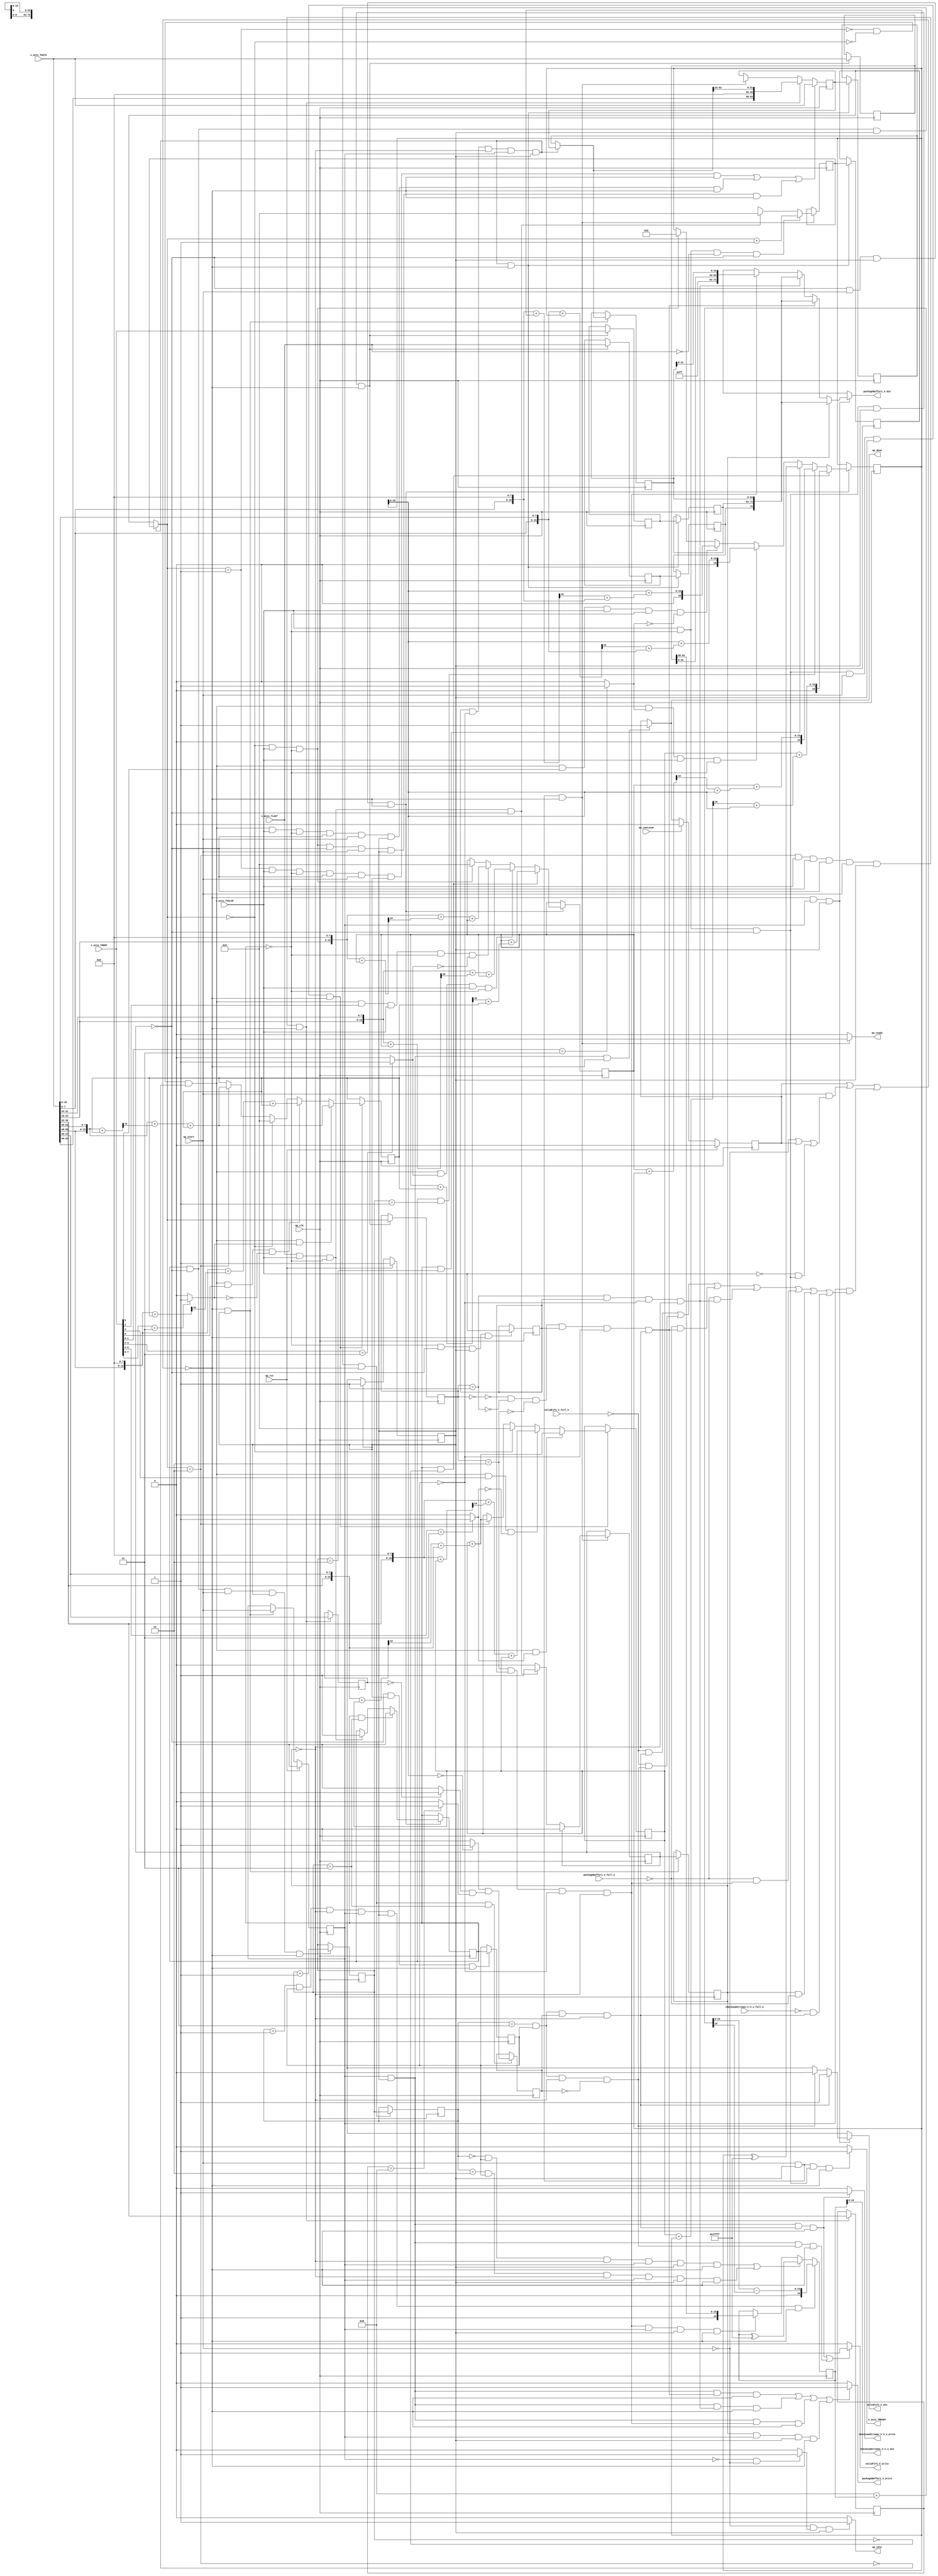
module check_icmp_checksum (
        ap_clk,
        ap_rst,
        ap_start,
        ap_done,
        ap_continue,
        ap_idle,
        ap_ready,
        s_axis_TVALID,
        packageBuffer1_V_din,
        packageBuffer1_V_full_n,
        packageBuffer1_V_write,
        validFifo_V_din,
        validFifo_V_full_n,
        validFifo_V_write,
        checksumStreams_V_V_s_din,
        checksumStreams_V_V_s_full_n,
        checksumStreams_V_V_s_write,
        s_axis_TDATA,
        s_axis_TREADY,
        s_axis_TKEEP,
        s_axis_TLAST
);

parameter    ap_ST_fsm_pp0_stage0 = 1'd1;

input   ap_clk;
input   ap_rst;
input   ap_start;
output   ap_done;
input   ap_continue;
output   ap_idle;
output   ap_ready;
input   s_axis_TVALID;
output  [72:0] packageBuffer1_V_din;
input   packageBuffer1_V_full_n;
output   packageBuffer1_V_write;
output  [0:0] validFifo_V_din;
input   validFifo_V_full_n;
output   validFifo_V_write;
output  [15:0] checksumStreams_V_V_s_din;
input   checksumStreams_V_V_s_full_n;
output   checksumStreams_V_V_s_write;
input  [63:0] s_axis_TDATA;
output   s_axis_TREADY;
input  [7:0] s_axis_TKEEP;
input  [0:0] s_axis_TLAST;

reg ap_done;
reg ap_idle;
reg ap_ready;
reg[72:0] packageBuffer1_V_din;
reg packageBuffer1_V_write;
reg[0:0] validFifo_V_din;
reg validFifo_V_write;
reg checksumStreams_V_V_s_write;
reg s_axis_TREADY;

reg    ap_done_reg;
(* fsm_encoding = "none" *) reg   [0:0] ap_CS_fsm;
wire    ap_CS_fsm_pp0_stage0;
wire    ap_enable_reg_pp0_iter0;
reg    ap_enable_reg_pp0_iter1;
reg    ap_idle_pp0;
wire   [0:0] cics_writeLastOne_lo_load_fu_287_p1;
wire   [0:0] cics_computeCs_load_load_fu_295_p1;
wire   [0:0] tmp_nbreadreq_fu_162_p5;
reg    ap_predicate_op19_read_state1;
reg    ap_block_state1_pp0_stage0_iter0;
reg   [0:0] cics_writeLastOne_lo_reg_1396;
reg   [0:0] cics_computeCs_load_reg_1408;
reg   [0:0] tmp_reg_1412;
reg   [15:0] t_V_1_reg_1439;
reg    ap_predicate_op214_write_state2;
reg    ap_predicate_op216_write_state2;
reg    ap_predicate_op226_write_state2;
reg   [1:0] t_V_reg_1481;
reg   [0:0] and_ln91_1_reg_1485;
reg    ap_predicate_op235_write_state2;
reg    ap_predicate_op237_write_state2;
reg    ap_predicate_op239_write_state2;
reg    ap_block_state2_pp0_stage0_iter1;
reg    ap_block_pp0_stage0_11001;
reg   [0:0] cics_writeLastOne;
reg   [63:0] cics_prevWord_data_V;
reg   [7:0] cics_prevWord_keep_V;
reg   [0:0] cics_prevWord_last_V;
reg   [0:0] cics_computeCs;
reg   [15:0] cics_sums_V_2;
reg   [16:0] cics_sums_V_0;
reg   [15:0] cics_sums_V_3;
reg   [15:0] cics_sums_V_1;
reg   [16:0] icmpChecksum_V;
reg   [7:0] icmpType_V;
reg   [7:0] icmpCode_V;
reg   [1:0] cics_state_V;
reg   [15:0] cics_wordCount_V;
reg    s_axis_TDATA_blk_n;
wire    ap_block_pp0_stage0;
reg    packageBuffer1_V_blk_n;
reg    validFifo_V_blk_n;
reg    checksumStreams_V_V_s_blk_n;
reg   [63:0] tmp_data_V_reg_1400;
reg   [63:0] tmp_data_V_26_reg_1416;
reg   [7:0] tmp_keep_V_20_reg_1425;
wire   [0:0] tmp_last_V_17_fu_348_p1;
reg   [0:0] tmp_last_V_17_reg_1430;
wire   [0:0] trunc_ln321_fu_352_p1;
wire   [15:0] t_V_1_load_fu_356_p1;
wire   [63:0] p_Result_10_fu_486_p5;
wire   [0:0] icmp_ln879_3_fu_526_p2;
wire   [0:0] icmp_ln879_4_fu_672_p2;
wire   [0:0] tmp_33_fu_678_p3;
wire   [0:0] icmp_ln879_5_fu_802_p2;
wire   [0:0] tmp_36_fu_808_p3;
wire   [0:0] icmp_ln879_6_fu_922_p2;
wire   [0:0] tmp_39_fu_928_p3;
wire   [15:0] add_ln700_14_fu_1032_p2;
wire   [1:0] t_V_load_fu_1050_p1;
wire   [0:0] and_ln91_1_fu_1082_p2;
reg    ap_block_pp0_stage0_subdone;
wire   [63:0] ap_phi_reg_pp0_iter0_empty_52_reg_207;
reg   [63:0] ap_phi_reg_pp0_iter1_empty_52_reg_207;
wire   [15:0] ap_phi_reg_pp0_iter0_cics_wordCount_V_new_reg_220;
reg   [15:0] ap_phi_reg_pp0_iter1_cics_wordCount_V_new_reg_220;
reg   [63:0] ap_sig_allocacmp_tmp_data_V;
wire   [15:0] add_ln214_9_fu_408_p2;
wire   [15:0] add_ln214_23_fu_852_p2;
wire   [15:0] add_ln214_21_fu_900_p2;
wire   [16:0] zext_ln214_6_fu_582_p1;
wire   [16:0] zext_ln214_5_fu_652_p1;
wire   [16:0] r_V_3_fu_1094_p2;
wire   [16:0] zext_ln214_3_fu_1140_p1;
wire   [16:0] zext_ln214_fu_1184_p1;
wire   [15:0] add_ln214_11_fu_456_p2;
wire   [15:0] add_ln214_27_fu_972_p2;
wire   [15:0] add_ln214_25_fu_1020_p2;
wire   [15:0] add_ln214_19_fu_722_p2;
wire   [15:0] add_ln214_17_fu_780_p2;
wire   [15:0] add_ln214_5_fu_1218_p2;
wire   [16:0] p_Result_s_fu_1276_p3;
wire   [16:0] grp_fu_276_p2;
wire   [16:0] zext_ln214_4_fu_1376_p1;
wire   [7:0] grp_fu_231_p4;
wire   [7:0] grp_fu_240_p4;
wire   [1:0] add_ln700_6_fu_1230_p2;
reg   [15:0] ap_sig_allocacmp_t_V_1;
wire   [72:0] tmp_2_fu_1290_p4;
reg    ap_block_pp0_stage0_01001;
wire   [72:0] tmp_1_fu_1301_p4;
wire   [72:0] tmp_3_fu_1311_p4;
wire   [72:0] tmp12_fu_1386_p4;
wire   [15:0] p_Result_123_i_fu_372_p3;
wire   [16:0] zext_ln700_fu_303_p1;
wire   [16:0] zext_ln700_3_fu_380_p1;
wire   [16:0] add_ln700_3_fu_384_p2;
wire   [0:0] tmp_28_fu_390_p3;
wire   [15:0] zext_ln214_10_fu_398_p1;
wire   [15:0] add_ln214_8_fu_402_p2;
wire   [7:0] grp_fu_258_p4;
wire   [7:0] grp_fu_249_p4;
wire   [15:0] p_Result_123_1_i_fu_420_p3;
wire   [16:0] zext_ln700_1_fu_315_p1;
wire   [16:0] zext_ln700_4_fu_428_p1;
wire   [16:0] add_ln700_4_fu_432_p2;
wire   [0:0] tmp_29_fu_438_p3;
wire   [15:0] zext_ln214_11_fu_446_p1;
wire   [15:0] add_ln214_10_fu_450_p2;
wire   [31:0] p_Result_29_i_fu_468_p4;
wire   [39:0] tmp_23_i_fu_478_p3;
wire   [1:0] trunc_ln647_5_fu_522_p1;
wire   [7:0] trunc_ln647_9_fu_532_p1;
wire   [15:0] p_Result_134_i_fu_536_p3;
wire   [16:0] zext_ln700_6_fu_544_p1;
wire   [16:0] add_ln700_7_fu_552_p2;
wire   [0:0] tmp_31_fu_558_p3;
wire   [15:0] zext_ln214_13_fu_566_p1;
wire   [15:0] trunc_ln700_3_fu_548_p1;
wire   [15:0] add_ln214_14_fu_570_p2;
wire   [15:0] add_ln214_15_fu_576_p2;
wire   [7:0] trunc_ln647_8_fu_602_p1;
wire   [7:0] p_Result_128_i_fu_592_p4;
wire   [15:0] p_Result_131_i_fu_606_p3;
wire   [16:0] zext_ln700_5_fu_614_p1;
wire   [16:0] add_ln700_5_fu_622_p2;
wire   [0:0] tmp_30_fu_628_p3;
wire   [15:0] zext_ln214_12_fu_636_p1;
wire   [15:0] trunc_ln700_2_fu_618_p1;
wire   [15:0] add_ln214_12_fu_640_p2;
wire   [15:0] add_ln214_13_fu_646_p2;
wire   [1:0] p_Result_127_1_i_fu_662_p4;
wire   [7:0] grp_fu_267_p4;
wire   [15:0] p_Result_134_1_i_fu_686_p3;
wire   [16:0] zext_ln700_8_fu_694_p1;
wire   [16:0] zext_ln700_2_fu_323_p1;
wire   [16:0] add_ln700_9_fu_698_p2;
wire   [0:0] tmp_34_fu_704_p3;
wire   [15:0] zext_ln214_15_fu_712_p1;
wire   [15:0] add_ln214_18_fu_716_p2;
wire   [7:0] p_Result_128_1_i_fu_734_p4;
wire   [15:0] p_Result_131_1_i_fu_744_p3;
wire   [16:0] zext_ln700_7_fu_752_p1;
wire   [16:0] add_ln700_8_fu_756_p2;
wire   [0:0] tmp_32_fu_762_p3;
wire   [15:0] zext_ln214_14_fu_770_p1;
wire   [15:0] add_ln214_16_fu_774_p2;
wire   [1:0] p_Result_127_2_i_fu_792_p4;
wire   [15:0] p_Result_134_2_i_fu_816_p3;
wire   [16:0] zext_ln700_10_fu_824_p1;
wire   [16:0] add_ln700_11_fu_828_p2;
wire   [0:0] tmp_37_fu_834_p3;
wire   [15:0] zext_ln214_17_fu_842_p1;
wire   [15:0] add_ln214_22_fu_846_p2;
wire   [15:0] p_Result_131_2_i_fu_864_p3;
wire   [16:0] zext_ln700_9_fu_872_p1;
wire   [16:0] add_ln700_10_fu_876_p2;
wire   [0:0] tmp_35_fu_882_p3;
wire   [15:0] zext_ln214_16_fu_890_p1;
wire   [15:0] add_ln214_20_fu_894_p2;
wire   [1:0] p_Result_127_3_i_fu_912_p4;
wire   [15:0] p_Result_134_3_i_fu_936_p3;
wire   [16:0] zext_ln700_12_fu_944_p1;
wire   [16:0] add_ln700_13_fu_948_p2;
wire   [0:0] tmp_40_fu_954_p3;
wire   [15:0] zext_ln214_19_fu_962_p1;
wire   [15:0] add_ln214_26_fu_966_p2;
wire   [15:0] p_Result_131_3_i_fu_984_p3;
wire   [16:0] zext_ln700_11_fu_992_p1;
wire   [16:0] add_ln700_12_fu_996_p2;
wire   [0:0] tmp_38_fu_1002_p3;
wire   [15:0] zext_ln214_18_fu_1010_p1;
wire   [15:0] add_ln214_24_fu_1014_p2;
wire   [15:0] trunc_ln647_fu_1054_p1;
wire   [0:0] icmp_ln879_1_fu_1064_p2;
wire   [0:0] icmp_ln879_2_fu_1070_p2;
wire   [0:0] and_ln91_fu_1076_p2;
wire   [0:0] icmp_ln879_fu_1058_p2;
wire   [16:0] add_ln700_2_fu_1110_p2;
wire   [0:0] tmp_26_fu_1116_p3;
wire   [15:0] zext_ln214_9_fu_1124_p1;
wire   [15:0] trunc_ln700_1_fu_1106_p1;
wire   [15:0] add_ln214_6_fu_1128_p2;
wire   [15:0] add_ln214_7_fu_1134_p2;
wire   [16:0] add_ln700_fu_1154_p2;
wire   [0:0] tmp_24_fu_1160_p3;
wire   [15:0] zext_ln214_7_fu_1168_p1;
wire   [15:0] trunc_ln700_fu_1150_p1;
wire   [15:0] add_ln214_fu_1172_p2;
wire   [15:0] add_ln214_3_fu_1178_p2;
wire   [16:0] add_ln700_1_fu_1194_p2;
wire   [0:0] tmp_25_fu_1200_p3;
wire   [15:0] zext_ln214_8_fu_1208_p1;
wire   [15:0] add_ln214_4_fu_1212_p2;
wire   [15:0] p_Result_27_i_fu_1267_p4;
wire   [31:0] trunc_ln647_7_fu_1264_p1;
wire   [31:0] trunc_ln647_6_fu_1261_p1;
wire   [16:0] add_ln701_fu_1348_p2;
wire   [0:0] tmp_27_fu_1354_p3;
wire   [15:0] trunc_ln214_fu_1362_p1;
wire   [15:0] zext_ln214_20_fu_1366_p1;
wire   [15:0] sub_ln214_fu_1370_p2;
reg   [0:0] ap_NS_fsm;
reg    ap_idle_pp0_0to0;
reg    ap_reset_idle_pp0;
wire    ap_enable_pp0;
reg    ap_condition_270;
reg    ap_condition_273;
reg    ap_condition_137;
reg    ap_condition_1015;
reg    ap_condition_1013;
reg    ap_condition_1021;
reg    ap_condition_1028;
reg    ap_condition_1031;
reg    ap_condition_1038;
reg    ap_condition_1041;
reg    ap_condition_1050;
reg    ap_condition_1053;
reg    ap_condition_1046;
reg    ap_condition_1059;
reg    ap_condition_1062;
reg    ap_condition_386;

// power-on initialization
initial begin
#0 ap_done_reg = 1'b0;
#0 ap_CS_fsm = 1'd1;
#0 ap_enable_reg_pp0_iter1 = 1'b0;
#0 cics_writeLastOne = 1'd0;
#0 cics_prevWord_data_V = 64'd0;
#0 cics_prevWord_keep_V = 8'd0;
#0 cics_prevWord_last_V = 1'd0;
#0 cics_computeCs = 1'd0;
#0 cics_sums_V_2 = 16'd0;
#0 cics_sums_V_0 = 17'd0;
#0 cics_sums_V_3 = 16'd0;
#0 cics_sums_V_1 = 16'd0;
#0 icmpChecksum_V = 17'd0;
#0 icmpType_V = 8'd0;
#0 icmpCode_V = 8'd0;
#0 cics_state_V = 2'd0;
#0 cics_wordCount_V = 16'd0;
end

always @ (posedge ap_clk) begin
    if (ap_rst == 1'b1) begin
        ap_CS_fsm <= ap_ST_fsm_pp0_stage0;
    end else begin
        ap_CS_fsm <= ap_NS_fsm;
    end
end

always @ (posedge ap_clk) begin
    if (ap_rst == 1'b1) begin
        ap_done_reg <= 1'b0;
    end else begin
        if ((ap_continue == 1'b1)) begin
            ap_done_reg <= 1'b0;
        end else if (((ap_enable_reg_pp0_iter1 == 1'b1) & (1'b1 == ap_CS_fsm_pp0_stage0) & (1'b0 == ap_block_pp0_stage0_11001))) begin
            ap_done_reg <= 1'b1;
        end
    end
end

always @ (posedge ap_clk) begin
    if (ap_rst == 1'b1) begin
        ap_enable_reg_pp0_iter1 <= 1'b0;
    end else begin
        if (((1'b0 == ap_block_pp0_stage0_subdone) & (1'b1 == ap_CS_fsm_pp0_stage0))) begin
            ap_enable_reg_pp0_iter1 <= ap_start;
        end
    end
end

always @ (posedge ap_clk) begin
    if ((1'b1 == ap_condition_137)) begin
        if ((1'b1 == ap_condition_273)) begin
            ap_phi_reg_pp0_iter1_cics_wordCount_V_new_reg_220 <= add_ln700_14_fu_1032_p2;
        end else if ((1'b1 == ap_condition_270)) begin
            ap_phi_reg_pp0_iter1_cics_wordCount_V_new_reg_220 <= 16'd0;
        end else if ((1'b1 == 1'b1)) begin
            ap_phi_reg_pp0_iter1_cics_wordCount_V_new_reg_220 <= ap_phi_reg_pp0_iter0_cics_wordCount_V_new_reg_220;
        end
    end
end

always @ (posedge ap_clk) begin
    if ((((t_V_1_load_fu_356_p1 == 16'd1) & (tmp_nbreadreq_fu_162_p5 == 1'd1) & (cics_computeCs == 1'd0) & (cics_writeLastOne == 1'd0) & (ap_start == 1'b1) & (1'b1 == ap_CS_fsm_pp0_stage0) & (1'b0 == ap_block_pp0_stage0_11001)) | (~(t_V_1_load_fu_356_p1 == 16'd1) & ~(t_V_1_load_fu_356_p1 == 16'd0) & ~(t_V_1_load_fu_356_p1 == 16'd2) & (tmp_nbreadreq_fu_162_p5 == 1'd1) & (cics_computeCs == 1'd0) & (cics_writeLastOne == 1'd0) & (ap_start == 1'b1) & (1'b1 == ap_CS_fsm_pp0_stage0) & (1'b0 == ap_block_pp0_stage0_11001)) | ((t_V_1_load_fu_356_p1 == 16'd0) & (tmp_nbreadreq_fu_162_p5 == 1'd1) & (cics_computeCs == 1'd0) & (cics_writeLastOne == 1'd0) & (ap_start == 1'b1) & (1'b1 == ap_CS_fsm_pp0_stage0) & (1'b0 == ap_block_pp0_stage0_11001)))) begin
        ap_phi_reg_pp0_iter1_empty_52_reg_207 <= s_axis_TDATA;
    end else if (((t_V_1_load_fu_356_p1 == 16'd2) & (tmp_nbreadreq_fu_162_p5 == 1'd1) & (cics_computeCs == 1'd0) & (cics_writeLastOne == 1'd0) & (ap_start == 1'b1) & (1'b1 == ap_CS_fsm_pp0_stage0) & (1'b0 == ap_block_pp0_stage0_11001))) begin
        ap_phi_reg_pp0_iter1_empty_52_reg_207 <= p_Result_10_fu_486_p5;
    end else if (((ap_start == 1'b1) & (1'b1 == ap_CS_fsm_pp0_stage0) & (1'b0 == ap_block_pp0_stage0_11001))) begin
        ap_phi_reg_pp0_iter1_empty_52_reg_207 <= ap_phi_reg_pp0_iter0_empty_52_reg_207;
    end
end

always @ (posedge ap_clk) begin
    if ((1'b1 == ap_condition_1013)) begin
        if (((cics_computeCs_load_load_fu_295_p1 == 1'd1) & (t_V_load_fu_1050_p1 == 2'd3))) begin
            cics_computeCs <= 1'd0;
        end else if ((1'b1 == ap_condition_1015)) begin
            cics_computeCs <= 1'd1;
        end
    end
end

always @ (posedge ap_clk) begin
    if ((1'b1 == ap_condition_1013)) begin
        if (((cics_computeCs_load_load_fu_295_p1 == 1'd1) & (t_V_load_fu_1050_p1 == 2'd0))) begin
            cics_sums_V_0 <= zext_ln214_fu_1184_p1;
        end else if (((cics_computeCs_load_load_fu_295_p1 == 1'd1) & (t_V_load_fu_1050_p1 == 2'd1))) begin
            cics_sums_V_0 <= zext_ln214_3_fu_1140_p1;
        end else if (((cics_computeCs_load_load_fu_295_p1 == 1'd1) & (t_V_load_fu_1050_p1 == 2'd2))) begin
            cics_sums_V_0 <= r_V_3_fu_1094_p2;
        end else if ((1'b1 == ap_condition_1031)) begin
            cics_sums_V_0 <= zext_ln214_5_fu_652_p1;
        end else if ((1'b1 == ap_condition_1028)) begin
            cics_sums_V_0 <= zext_ln214_6_fu_582_p1;
        end else if ((1'b1 == ap_condition_1021)) begin
            cics_sums_V_0 <= 17'd0;
        end
    end
end

always @ (posedge ap_clk) begin
    if ((1'b1 == ap_condition_1013)) begin
        if (((cics_computeCs_load_load_fu_295_p1 == 1'd1) & (t_V_load_fu_1050_p1 == 2'd0))) begin
            cics_sums_V_1 <= add_ln214_5_fu_1218_p2;
        end else if ((1'b1 == ap_condition_1041)) begin
            cics_sums_V_1 <= add_ln214_17_fu_780_p2;
        end else if ((1'b1 == ap_condition_1038)) begin
            cics_sums_V_1 <= add_ln214_19_fu_722_p2;
        end else if ((1'b1 == ap_condition_1021)) begin
            cics_sums_V_1 <= 16'd0;
        end
    end
end

always @ (posedge ap_clk) begin
    if ((1'b1 == ap_condition_1046)) begin
        if ((1'b1 == ap_condition_1053)) begin
            cics_sums_V_2 <= add_ln214_21_fu_900_p2;
        end else if ((1'b1 == ap_condition_1050)) begin
            cics_sums_V_2 <= add_ln214_23_fu_852_p2;
        end else if ((t_V_1_load_fu_356_p1 == 16'd0)) begin
            cics_sums_V_2 <= 16'd0;
        end else if ((t_V_1_load_fu_356_p1 == 16'd2)) begin
            cics_sums_V_2 <= add_ln214_9_fu_408_p2;
        end
    end
end

always @ (posedge ap_clk) begin
    if ((1'b1 == ap_condition_1046)) begin
        if ((1'b1 == ap_condition_1062)) begin
            cics_sums_V_3 <= add_ln214_25_fu_1020_p2;
        end else if ((1'b1 == ap_condition_1059)) begin
            cics_sums_V_3 <= add_ln214_27_fu_972_p2;
        end else if ((t_V_1_load_fu_356_p1 == 16'd0)) begin
            cics_sums_V_3 <= 16'd0;
        end else if ((t_V_1_load_fu_356_p1 == 16'd2)) begin
            cics_sums_V_3 <= add_ln214_11_fu_456_p2;
        end
    end
end

always @ (posedge ap_clk) begin
    if ((1'b1 == ap_condition_137)) begin
        if ((cics_writeLastOne_lo_load_fu_287_p1 == 1'd1)) begin
            cics_writeLastOne <= 1'd0;
        end else if ((1'b1 == ap_condition_270)) begin
            cics_writeLastOne <= 1'd1;
        end
    end
end

always @ (posedge ap_clk) begin
    if (((t_V_reg_1481 == 2'd1) & (cics_computeCs_load_reg_1408 == 1'd1) & (cics_writeLastOne_lo_reg_1396 == 1'd0) & (ap_enable_reg_pp0_iter1 == 1'b1) & (1'b1 == ap_CS_fsm_pp0_stage0) & (1'b0 == ap_block_pp0_stage0_11001))) begin
        icmpChecksum_V <= zext_ln214_4_fu_1376_p1;
    end else if ((((t_V_reg_1481 == 2'd0) & (cics_computeCs_load_reg_1408 == 1'd1) & (cics_writeLastOne_lo_reg_1396 == 1'd0) & (ap_enable_reg_pp0_iter1 == 1'b1) & (1'b1 == ap_CS_fsm_pp0_stage0) & (1'b0 == ap_block_pp0_stage0_11001)) | ((t_V_reg_1481 == 2'd2) & (cics_computeCs_load_reg_1408 == 1'd1) & (cics_writeLastOne_lo_reg_1396 == 1'd0) & (ap_enable_reg_pp0_iter1 == 1'b1) & (1'b1 == ap_CS_fsm_pp0_stage0) & (1'b0 == ap_block_pp0_stage0_11001)))) begin
        icmpChecksum_V <= grp_fu_276_p2;
    end else if (((t_V_1_reg_1439 == 16'd2) & (tmp_reg_1412 == 1'd1) & (cics_computeCs_load_reg_1408 == 1'd0) & (cics_writeLastOne_lo_reg_1396 == 1'd0) & (ap_enable_reg_pp0_iter1 == 1'b1) & (1'b1 == ap_CS_fsm_pp0_stage0) & (1'b0 == ap_block_pp0_stage0_11001))) begin
        icmpChecksum_V <= p_Result_s_fu_1276_p3;
    end
end

always @ (posedge ap_clk) begin
    if (((cics_computeCs_load_load_fu_295_p1 == 1'd1) & (cics_writeLastOne == 1'd0) & (1'b1 == ap_CS_fsm_pp0_stage0) & (1'b0 == ap_block_pp0_stage0_11001) & (t_V_load_fu_1050_p1 == 2'd3))) begin
        and_ln91_1_reg_1485 <= and_ln91_1_fu_1082_p2;
    end
end

always @ (posedge ap_clk) begin
    if (((cics_writeLastOne == 1'd0) & (1'b1 == ap_CS_fsm_pp0_stage0) & (1'b0 == ap_block_pp0_stage0_11001))) begin
        cics_computeCs_load_reg_1408 <= cics_computeCs;
    end
end

always @ (posedge ap_clk) begin
    if (((tmp_reg_1412 == 1'd1) & (cics_computeCs_load_reg_1408 == 1'd0) & (cics_writeLastOne_lo_reg_1396 == 1'd0) & (ap_enable_reg_pp0_iter1 == 1'b1) & (1'b1 == ap_CS_fsm_pp0_stage0) & (1'b0 == ap_block_pp0_stage0_11001))) begin
        cics_prevWord_data_V <= ap_phi_reg_pp0_iter1_empty_52_reg_207;
        cics_prevWord_keep_V <= tmp_keep_V_20_reg_1425;
        cics_prevWord_last_V <= tmp_last_V_17_reg_1430;
        cics_wordCount_V <= ap_phi_reg_pp0_iter1_cics_wordCount_V_new_reg_220;
    end
end

always @ (posedge ap_clk) begin
    if (((cics_computeCs_load_load_fu_295_p1 == 1'd1) & (cics_writeLastOne == 1'd0) & (ap_start == 1'b1) & (1'b1 == ap_CS_fsm_pp0_stage0) & (1'b0 == ap_block_pp0_stage0_11001))) begin
        cics_state_V <= add_ln700_6_fu_1230_p2;
    end
end

always @ (posedge ap_clk) begin
    if (((1'b1 == ap_CS_fsm_pp0_stage0) & (1'b0 == ap_block_pp0_stage0_11001))) begin
        cics_writeLastOne_lo_reg_1396 <= cics_writeLastOne;
        tmp_data_V_reg_1400 <= ap_sig_allocacmp_tmp_data_V;
    end
end

always @ (posedge ap_clk) begin
    if (((t_V_1_load_fu_356_p1 == 16'd2) & (tmp_nbreadreq_fu_162_p5 == 1'd1) & (cics_computeCs == 1'd0) & (cics_writeLastOne == 1'd0) & (ap_start == 1'b1) & (1'b1 == ap_CS_fsm_pp0_stage0) & (1'b0 == ap_block_pp0_stage0_11001))) begin
        icmpCode_V <= {{s_axis_TDATA[47:40]}};
        icmpType_V <= {{s_axis_TDATA[39:32]}};
    end
end

always @ (posedge ap_clk) begin
    if (((tmp_nbreadreq_fu_162_p5 == 1'd1) & (cics_computeCs == 1'd0) & (cics_writeLastOne == 1'd0) & (1'b1 == ap_CS_fsm_pp0_stage0) & (1'b0 == ap_block_pp0_stage0_11001))) begin
        t_V_1_reg_1439 <= ap_sig_allocacmp_t_V_1;
        tmp_data_V_26_reg_1416 <= s_axis_TDATA;
        tmp_keep_V_20_reg_1425 <= s_axis_TKEEP;
        tmp_last_V_17_reg_1430 <= s_axis_TLAST;
    end
end

always @ (posedge ap_clk) begin
    if (((cics_computeCs_load_load_fu_295_p1 == 1'd1) & (cics_writeLastOne == 1'd0) & (1'b1 == ap_CS_fsm_pp0_stage0) & (1'b0 == ap_block_pp0_stage0_11001))) begin
        t_V_reg_1481 <= cics_state_V;
    end
end

always @ (posedge ap_clk) begin
    if (((cics_computeCs == 1'd0) & (cics_writeLastOne == 1'd0) & (1'b1 == ap_CS_fsm_pp0_stage0) & (1'b0 == ap_block_pp0_stage0_11001))) begin
        tmp_reg_1412 <= tmp_nbreadreq_fu_162_p5;
    end
end

always @ (*) begin
    if (((ap_enable_reg_pp0_iter1 == 1'b1) & (1'b1 == ap_CS_fsm_pp0_stage0) & (1'b0 == ap_block_pp0_stage0_11001))) begin
        ap_done = 1'b1;
    end else begin
        ap_done = ap_done_reg;
    end
end

always @ (*) begin
    if (((ap_start == 1'b0) & (ap_idle_pp0 == 1'b1) & (1'b1 == ap_CS_fsm_pp0_stage0))) begin
        ap_idle = 1'b1;
    end else begin
        ap_idle = 1'b0;
    end
end

always @ (*) begin
    if (((ap_enable_reg_pp0_iter1 == 1'b0) & (ap_enable_reg_pp0_iter0 == 1'b0))) begin
        ap_idle_pp0 = 1'b1;
    end else begin
        ap_idle_pp0 = 1'b0;
    end
end

always @ (*) begin
    if ((ap_enable_reg_pp0_iter0 == 1'b0)) begin
        ap_idle_pp0_0to0 = 1'b1;
    end else begin
        ap_idle_pp0_0to0 = 1'b0;
    end
end

always @ (*) begin
    if (((ap_start == 1'b1) & (1'b1 == ap_CS_fsm_pp0_stage0) & (1'b0 == ap_block_pp0_stage0_11001))) begin
        ap_ready = 1'b1;
    end else begin
        ap_ready = 1'b0;
    end
end

always @ (*) begin
    if (((ap_start == 1'b0) & (ap_idle_pp0_0to0 == 1'b1))) begin
        ap_reset_idle_pp0 = 1'b1;
    end else begin
        ap_reset_idle_pp0 = 1'b0;
    end
end

always @ (*) begin
    if (((tmp_reg_1412 == 1'd1) & (cics_computeCs_load_reg_1408 == 1'd0) & (cics_writeLastOne_lo_reg_1396 == 1'd0) & (ap_enable_reg_pp0_iter1 == 1'b1) & (1'b1 == ap_CS_fsm_pp0_stage0) & (1'b0 == ap_block_pp0_stage0))) begin
        ap_sig_allocacmp_t_V_1 = ap_phi_reg_pp0_iter1_cics_wordCount_V_new_reg_220;
    end else begin
        ap_sig_allocacmp_t_V_1 = cics_wordCount_V;
    end
end

always @ (*) begin
    if (((tmp_reg_1412 == 1'd1) & (cics_computeCs_load_reg_1408 == 1'd0) & (cics_writeLastOne_lo_reg_1396 == 1'd0) & (ap_enable_reg_pp0_iter1 == 1'b1) & (1'b1 == ap_CS_fsm_pp0_stage0) & (1'b0 == ap_block_pp0_stage0))) begin
        ap_sig_allocacmp_tmp_data_V = ap_phi_reg_pp0_iter1_empty_52_reg_207;
    end else begin
        ap_sig_allocacmp_tmp_data_V = cics_prevWord_data_V;
    end
end

always @ (*) begin
    if (((ap_enable_reg_pp0_iter1 == 1'b1) & (1'b1 == ap_CS_fsm_pp0_stage0) & (ap_predicate_op239_write_state2 == 1'b1) & (1'b0 == ap_block_pp0_stage0))) begin
        checksumStreams_V_V_s_blk_n = checksumStreams_V_V_s_full_n;
    end else begin
        checksumStreams_V_V_s_blk_n = 1'b1;
    end
end

always @ (*) begin
    if (((ap_enable_reg_pp0_iter1 == 1'b1) & (1'b1 == ap_CS_fsm_pp0_stage0) & (ap_predicate_op239_write_state2 == 1'b1) & (1'b0 == ap_block_pp0_stage0_11001))) begin
        checksumStreams_V_V_s_write = 1'b1;
    end else begin
        checksumStreams_V_V_s_write = 1'b0;
    end
end

always @ (*) begin
    if ((((ap_enable_reg_pp0_iter1 == 1'b1) & (1'b1 == ap_CS_fsm_pp0_stage0) & (ap_predicate_op226_write_state2 == 1'b1) & (1'b0 == ap_block_pp0_stage0)) | ((ap_enable_reg_pp0_iter1 == 1'b1) & (1'b1 == ap_CS_fsm_pp0_stage0) & (ap_predicate_op216_write_state2 == 1'b1) & (1'b0 == ap_block_pp0_stage0)) | ((ap_enable_reg_pp0_iter1 == 1'b1) & (1'b1 == ap_CS_fsm_pp0_stage0) & (ap_predicate_op214_write_state2 == 1'b1) & (1'b0 == ap_block_pp0_stage0)) | ((cics_writeLastOne_lo_reg_1396 == 1'd1) & (ap_enable_reg_pp0_iter1 == 1'b1) & (1'b1 == ap_CS_fsm_pp0_stage0) & (1'b0 == ap_block_pp0_stage0)))) begin
        packageBuffer1_V_blk_n = packageBuffer1_V_full_n;
    end else begin
        packageBuffer1_V_blk_n = 1'b1;
    end
end

always @ (*) begin
    if ((1'b1 == ap_condition_386)) begin
        if ((cics_writeLastOne_lo_reg_1396 == 1'd1)) begin
            packageBuffer1_V_din = tmp12_fu_1386_p4;
        end else if ((ap_predicate_op226_write_state2 == 1'b1)) begin
            packageBuffer1_V_din = tmp_3_fu_1311_p4;
        end else if ((ap_predicate_op216_write_state2 == 1'b1)) begin
            packageBuffer1_V_din = tmp_1_fu_1301_p4;
        end else if ((ap_predicate_op214_write_state2 == 1'b1)) begin
            packageBuffer1_V_din = tmp_2_fu_1290_p4;
        end else begin
            packageBuffer1_V_din = 'bx;
        end
    end else begin
        packageBuffer1_V_din = 'bx;
    end
end

always @ (*) begin
    if ((((ap_enable_reg_pp0_iter1 == 1'b1) & (1'b1 == ap_CS_fsm_pp0_stage0) & (ap_predicate_op226_write_state2 == 1'b1) & (1'b0 == ap_block_pp0_stage0_11001)) | ((ap_enable_reg_pp0_iter1 == 1'b1) & (1'b1 == ap_CS_fsm_pp0_stage0) & (ap_predicate_op216_write_state2 == 1'b1) & (1'b0 == ap_block_pp0_stage0_11001)) | ((ap_enable_reg_pp0_iter1 == 1'b1) & (1'b1 == ap_CS_fsm_pp0_stage0) & (ap_predicate_op214_write_state2 == 1'b1) & (1'b0 == ap_block_pp0_stage0_11001)) | ((cics_writeLastOne_lo_reg_1396 == 1'd1) & (ap_enable_reg_pp0_iter1 == 1'b1) & (1'b1 == ap_CS_fsm_pp0_stage0) & (1'b0 == ap_block_pp0_stage0_11001)))) begin
        packageBuffer1_V_write = 1'b1;
    end else begin
        packageBuffer1_V_write = 1'b0;
    end
end

always @ (*) begin
    if ((~((ap_start == 1'b0) | (ap_done_reg == 1'b1)) & (ap_start == 1'b1) & (1'b1 == ap_CS_fsm_pp0_stage0) & (ap_predicate_op19_read_state1 == 1'b1) & (1'b0 == ap_block_pp0_stage0))) begin
        s_axis_TDATA_blk_n = s_axis_TVALID;
    end else begin
        s_axis_TDATA_blk_n = 1'b1;
    end
end

always @ (*) begin
    if (((ap_start == 1'b1) & (1'b1 == ap_CS_fsm_pp0_stage0) & (ap_predicate_op19_read_state1 == 1'b1) & (1'b0 == ap_block_pp0_stage0_11001))) begin
        s_axis_TREADY = 1'b1;
    end else begin
        s_axis_TREADY = 1'b0;
    end
end

always @ (*) begin
    if ((((ap_enable_reg_pp0_iter1 == 1'b1) & (1'b1 == ap_CS_fsm_pp0_stage0) & (ap_predicate_op237_write_state2 == 1'b1) & (1'b0 == ap_block_pp0_stage0)) | ((ap_enable_reg_pp0_iter1 == 1'b1) & (1'b1 == ap_CS_fsm_pp0_stage0) & (ap_predicate_op235_write_state2 == 1'b1) & (1'b0 == ap_block_pp0_stage0)))) begin
        validFifo_V_blk_n = validFifo_V_full_n;
    end else begin
        validFifo_V_blk_n = 1'b1;
    end
end

always @ (*) begin
    if ((1'b1 == ap_condition_386)) begin
        if ((ap_predicate_op237_write_state2 == 1'b1)) begin
            validFifo_V_din = 1'd1;
        end else if ((ap_predicate_op235_write_state2 == 1'b1)) begin
            validFifo_V_din = 1'd0;
        end else begin
            validFifo_V_din = 'bx;
        end
    end else begin
        validFifo_V_din = 'bx;
    end
end

always @ (*) begin
    if ((((ap_enable_reg_pp0_iter1 == 1'b1) & (1'b1 == ap_CS_fsm_pp0_stage0) & (ap_predicate_op237_write_state2 == 1'b1) & (1'b0 == ap_block_pp0_stage0_11001)) | ((ap_enable_reg_pp0_iter1 == 1'b1) & (1'b1 == ap_CS_fsm_pp0_stage0) & (ap_predicate_op235_write_state2 == 1'b1) & (1'b0 == ap_block_pp0_stage0_11001)))) begin
        validFifo_V_write = 1'b1;
    end else begin
        validFifo_V_write = 1'b0;
    end
end

always @ (*) begin
    case (ap_CS_fsm)
        ap_ST_fsm_pp0_stage0 : begin
            ap_NS_fsm = ap_ST_fsm_pp0_stage0;
        end
        default : begin
            ap_NS_fsm = 'bx;
        end
    endcase
end

assign add_ln214_10_fu_450_p2 = (zext_ln214_11_fu_446_p1 + p_Result_123_1_i_fu_420_p3);

assign add_ln214_11_fu_456_p2 = (cics_sums_V_3 + add_ln214_10_fu_450_p2);

assign add_ln214_12_fu_640_p2 = (zext_ln214_12_fu_636_p1 + p_Result_131_i_fu_606_p3);

assign add_ln214_13_fu_646_p2 = (trunc_ln700_2_fu_618_p1 + add_ln214_12_fu_640_p2);

assign add_ln214_14_fu_570_p2 = (zext_ln214_13_fu_566_p1 + p_Result_134_i_fu_536_p3);

assign add_ln214_15_fu_576_p2 = (trunc_ln700_3_fu_548_p1 + add_ln214_14_fu_570_p2);

assign add_ln214_16_fu_774_p2 = (p_Result_131_1_i_fu_744_p3 + zext_ln214_14_fu_770_p1);

assign add_ln214_17_fu_780_p2 = (add_ln214_16_fu_774_p2 + cics_sums_V_1);

assign add_ln214_18_fu_716_p2 = (p_Result_134_1_i_fu_686_p3 + zext_ln214_15_fu_712_p1);

assign add_ln214_19_fu_722_p2 = (add_ln214_18_fu_716_p2 + cics_sums_V_1);

assign add_ln214_20_fu_894_p2 = (p_Result_131_2_i_fu_864_p3 + zext_ln214_16_fu_890_p1);

assign add_ln214_21_fu_900_p2 = (add_ln214_20_fu_894_p2 + cics_sums_V_2);

assign add_ln214_22_fu_846_p2 = (p_Result_134_2_i_fu_816_p3 + zext_ln214_17_fu_842_p1);

assign add_ln214_23_fu_852_p2 = (add_ln214_22_fu_846_p2 + cics_sums_V_2);

assign add_ln214_24_fu_1014_p2 = (p_Result_131_3_i_fu_984_p3 + zext_ln214_18_fu_1010_p1);

assign add_ln214_25_fu_1020_p2 = (add_ln214_24_fu_1014_p2 + cics_sums_V_3);

assign add_ln214_26_fu_966_p2 = (p_Result_134_3_i_fu_936_p3 + zext_ln214_19_fu_962_p1);

assign add_ln214_27_fu_972_p2 = (add_ln214_26_fu_966_p2 + cics_sums_V_3);

assign add_ln214_3_fu_1178_p2 = (cics_sums_V_2 + add_ln214_fu_1172_p2);

assign add_ln214_4_fu_1212_p2 = (zext_ln214_8_fu_1208_p1 + cics_sums_V_3);

assign add_ln214_5_fu_1218_p2 = (cics_sums_V_1 + add_ln214_4_fu_1212_p2);

assign add_ln214_6_fu_1128_p2 = (zext_ln214_9_fu_1124_p1 + trunc_ln700_1_fu_1106_p1);

assign add_ln214_7_fu_1134_p2 = (cics_sums_V_1 + add_ln214_6_fu_1128_p2);

assign add_ln214_8_fu_402_p2 = (zext_ln214_10_fu_398_p1 + p_Result_123_i_fu_372_p3);

assign add_ln214_9_fu_408_p2 = (cics_sums_V_2 + add_ln214_8_fu_402_p2);

assign add_ln214_fu_1172_p2 = (zext_ln214_7_fu_1168_p1 + trunc_ln700_fu_1150_p1);

assign add_ln700_10_fu_876_p2 = (zext_ln700_9_fu_872_p1 + zext_ln700_fu_303_p1);

assign add_ln700_11_fu_828_p2 = (zext_ln700_10_fu_824_p1 + zext_ln700_fu_303_p1);

assign add_ln700_12_fu_996_p2 = (zext_ln700_11_fu_992_p1 + zext_ln700_1_fu_315_p1);

assign add_ln700_13_fu_948_p2 = (zext_ln700_12_fu_944_p1 + zext_ln700_1_fu_315_p1);

assign add_ln700_14_fu_1032_p2 = (ap_sig_allocacmp_t_V_1 + 16'd1);

assign add_ln700_1_fu_1194_p2 = (zext_ln700_2_fu_323_p1 + zext_ln700_1_fu_315_p1);

assign add_ln700_2_fu_1110_p2 = (zext_ln700_2_fu_323_p1 + cics_sums_V_0);

assign add_ln700_3_fu_384_p2 = (zext_ln700_fu_303_p1 + zext_ln700_3_fu_380_p1);

assign add_ln700_4_fu_432_p2 = (zext_ln700_1_fu_315_p1 + zext_ln700_4_fu_428_p1);

assign add_ln700_5_fu_622_p2 = (zext_ln700_5_fu_614_p1 + cics_sums_V_0);

assign add_ln700_6_fu_1230_p2 = (cics_state_V + 2'd1);

assign add_ln700_7_fu_552_p2 = (zext_ln700_6_fu_544_p1 + cics_sums_V_0);

assign add_ln700_8_fu_756_p2 = (zext_ln700_7_fu_752_p1 + zext_ln700_2_fu_323_p1);

assign add_ln700_9_fu_698_p2 = (zext_ln700_8_fu_694_p1 + zext_ln700_2_fu_323_p1);

assign add_ln700_fu_1154_p2 = (zext_ln700_fu_303_p1 + cics_sums_V_0);

assign add_ln701_fu_1348_p2 = ($signed(17'd131064) + $signed(icmpChecksum_V));

assign and_ln91_1_fu_1082_p2 = (icmp_ln879_fu_1058_p2 & and_ln91_fu_1076_p2);

assign and_ln91_fu_1076_p2 = (icmp_ln879_2_fu_1070_p2 & icmp_ln879_1_fu_1064_p2);

assign ap_CS_fsm_pp0_stage0 = ap_CS_fsm[32'd0];

assign ap_block_pp0_stage0 = ~(1'b1 == 1'b1);

always @ (*) begin
    ap_block_pp0_stage0_01001 = ((ap_done_reg == 1'b1) | ((ap_start == 1'b1) & ((ap_start == 1'b0) | (ap_done_reg == 1'b1) | ((s_axis_TVALID == 1'b0) & (ap_predicate_op19_read_state1 == 1'b1)))) | ((ap_enable_reg_pp0_iter1 == 1'b1) & (((validFifo_V_full_n == 1'b0) & (ap_predicate_op237_write_state2 == 1'b1)) | ((validFifo_V_full_n == 1'b0) & (ap_predicate_op235_write_state2 == 1'b1)) | ((packageBuffer1_V_full_n == 1'b0) & (ap_predicate_op226_write_state2 == 1'b1)) | ((packageBuffer1_V_full_n == 1'b0) & (ap_predicate_op216_write_state2 == 1'b1)) | ((packageBuffer1_V_full_n == 1'b0) & (ap_predicate_op214_write_state2 == 1'b1)) | ((cics_writeLastOne_lo_reg_1396 == 1'd1) & (packageBuffer1_V_full_n == 1'b0)) | ((checksumStreams_V_V_s_full_n == 1'b0) & (ap_predicate_op239_write_state2 == 1'b1)))));
end

always @ (*) begin
    ap_block_pp0_stage0_11001 = ((ap_done_reg == 1'b1) | ((ap_start == 1'b1) & ((ap_start == 1'b0) | (ap_done_reg == 1'b1) | ((s_axis_TVALID == 1'b0) & (ap_predicate_op19_read_state1 == 1'b1)))) | ((ap_enable_reg_pp0_iter1 == 1'b1) & (((validFifo_V_full_n == 1'b0) & (ap_predicate_op237_write_state2 == 1'b1)) | ((validFifo_V_full_n == 1'b0) & (ap_predicate_op235_write_state2 == 1'b1)) | ((packageBuffer1_V_full_n == 1'b0) & (ap_predicate_op226_write_state2 == 1'b1)) | ((packageBuffer1_V_full_n == 1'b0) & (ap_predicate_op216_write_state2 == 1'b1)) | ((packageBuffer1_V_full_n == 1'b0) & (ap_predicate_op214_write_state2 == 1'b1)) | ((cics_writeLastOne_lo_reg_1396 == 1'd1) & (packageBuffer1_V_full_n == 1'b0)) | ((checksumStreams_V_V_s_full_n == 1'b0) & (ap_predicate_op239_write_state2 == 1'b1)))));
end

always @ (*) begin
    ap_block_pp0_stage0_subdone = ((ap_done_reg == 1'b1) | ((ap_start == 1'b1) & ((ap_start == 1'b0) | (ap_done_reg == 1'b1) | ((s_axis_TVALID == 1'b0) & (ap_predicate_op19_read_state1 == 1'b1)))) | ((ap_enable_reg_pp0_iter1 == 1'b1) & (((validFifo_V_full_n == 1'b0) & (ap_predicate_op237_write_state2 == 1'b1)) | ((validFifo_V_full_n == 1'b0) & (ap_predicate_op235_write_state2 == 1'b1)) | ((packageBuffer1_V_full_n == 1'b0) & (ap_predicate_op226_write_state2 == 1'b1)) | ((packageBuffer1_V_full_n == 1'b0) & (ap_predicate_op216_write_state2 == 1'b1)) | ((packageBuffer1_V_full_n == 1'b0) & (ap_predicate_op214_write_state2 == 1'b1)) | ((cics_writeLastOne_lo_reg_1396 == 1'd1) & (packageBuffer1_V_full_n == 1'b0)) | ((checksumStreams_V_V_s_full_n == 1'b0) & (ap_predicate_op239_write_state2 == 1'b1)))));
end

always @ (*) begin
    ap_block_state1_pp0_stage0_iter0 = ((ap_start == 1'b0) | (ap_done_reg == 1'b1) | ((s_axis_TVALID == 1'b0) & (ap_predicate_op19_read_state1 == 1'b1)));
end

always @ (*) begin
    ap_block_state2_pp0_stage0_iter1 = (((validFifo_V_full_n == 1'b0) & (ap_predicate_op237_write_state2 == 1'b1)) | ((validFifo_V_full_n == 1'b0) & (ap_predicate_op235_write_state2 == 1'b1)) | ((packageBuffer1_V_full_n == 1'b0) & (ap_predicate_op226_write_state2 == 1'b1)) | ((packageBuffer1_V_full_n == 1'b0) & (ap_predicate_op216_write_state2 == 1'b1)) | ((packageBuffer1_V_full_n == 1'b0) & (ap_predicate_op214_write_state2 == 1'b1)) | ((cics_writeLastOne_lo_reg_1396 == 1'd1) & (packageBuffer1_V_full_n == 1'b0)) | ((checksumStreams_V_V_s_full_n == 1'b0) & (ap_predicate_op239_write_state2 == 1'b1)));
end

always @ (*) begin
    ap_condition_1013 = ((cics_writeLastOne == 1'd0) & (ap_start == 1'b1) & (1'b1 == ap_CS_fsm_pp0_stage0) & (1'b0 == ap_block_pp0_stage0_11001));
end

always @ (*) begin
    ap_condition_1015 = ((tmp_last_V_17_fu_348_p1 == 1'd1) & (tmp_nbreadreq_fu_162_p5 == 1'd1) & (cics_computeCs == 1'd0));
end

always @ (*) begin
    ap_condition_1021 = ((t_V_1_load_fu_356_p1 == 16'd0) & (tmp_nbreadreq_fu_162_p5 == 1'd1) & (cics_computeCs == 1'd0));
end

always @ (*) begin
    ap_condition_1028 = (~(t_V_1_load_fu_356_p1 == 16'd1) & ~(t_V_1_load_fu_356_p1 == 16'd0) & ~(t_V_1_load_fu_356_p1 == 16'd2) & (trunc_ln321_fu_352_p1 == 1'd1) & (tmp_nbreadreq_fu_162_p5 == 1'd1) & (cics_computeCs == 1'd0) & (icmp_ln879_3_fu_526_p2 == 1'd0));
end

always @ (*) begin
    ap_condition_1031 = (~(t_V_1_load_fu_356_p1 == 16'd1) & ~(t_V_1_load_fu_356_p1 == 16'd0) & ~(t_V_1_load_fu_356_p1 == 16'd2) & (icmp_ln879_3_fu_526_p2 == 1'd1) & (tmp_nbreadreq_fu_162_p5 == 1'd1) & (cics_computeCs == 1'd0));
end

always @ (*) begin
    ap_condition_1038 = (~(t_V_1_load_fu_356_p1 == 16'd1) & ~(t_V_1_load_fu_356_p1 == 16'd0) & ~(t_V_1_load_fu_356_p1 == 16'd2) & (tmp_33_fu_678_p3 == 1'd1) & (tmp_nbreadreq_fu_162_p5 == 1'd1) & (cics_computeCs == 1'd0) & (icmp_ln879_4_fu_672_p2 == 1'd0));
end

always @ (*) begin
    ap_condition_1041 = (~(t_V_1_load_fu_356_p1 == 16'd1) & ~(t_V_1_load_fu_356_p1 == 16'd0) & ~(t_V_1_load_fu_356_p1 == 16'd2) & (icmp_ln879_4_fu_672_p2 == 1'd1) & (tmp_nbreadreq_fu_162_p5 == 1'd1) & (cics_computeCs == 1'd0));
end

always @ (*) begin
    ap_condition_1046 = ((tmp_nbreadreq_fu_162_p5 == 1'd1) & (cics_computeCs == 1'd0) & (cics_writeLastOne == 1'd0) & (ap_start == 1'b1) & (1'b1 == ap_CS_fsm_pp0_stage0) & (1'b0 == ap_block_pp0_stage0_11001));
end

always @ (*) begin
    ap_condition_1050 = (~(t_V_1_load_fu_356_p1 == 16'd1) & ~(t_V_1_load_fu_356_p1 == 16'd0) & ~(t_V_1_load_fu_356_p1 == 16'd2) & (tmp_36_fu_808_p3 == 1'd1) & (icmp_ln879_5_fu_802_p2 == 1'd0));
end

always @ (*) begin
    ap_condition_1053 = (~(t_V_1_load_fu_356_p1 == 16'd1) & ~(t_V_1_load_fu_356_p1 == 16'd0) & ~(t_V_1_load_fu_356_p1 == 16'd2) & (icmp_ln879_5_fu_802_p2 == 1'd1));
end

always @ (*) begin
    ap_condition_1059 = (~(t_V_1_load_fu_356_p1 == 16'd1) & ~(t_V_1_load_fu_356_p1 == 16'd0) & ~(t_V_1_load_fu_356_p1 == 16'd2) & (tmp_39_fu_928_p3 == 1'd1) & (icmp_ln879_6_fu_922_p2 == 1'd0));
end

always @ (*) begin
    ap_condition_1062 = (~(t_V_1_load_fu_356_p1 == 16'd1) & ~(t_V_1_load_fu_356_p1 == 16'd0) & ~(t_V_1_load_fu_356_p1 == 16'd2) & (icmp_ln879_6_fu_922_p2 == 1'd1));
end

always @ (*) begin
    ap_condition_137 = ((ap_start == 1'b1) & (1'b1 == ap_CS_fsm_pp0_stage0) & (1'b0 == ap_block_pp0_stage0_11001));
end

always @ (*) begin
    ap_condition_270 = ((tmp_last_V_17_fu_348_p1 == 1'd1) & (tmp_nbreadreq_fu_162_p5 == 1'd1) & (cics_computeCs == 1'd0) & (cics_writeLastOne == 1'd0));
end

always @ (*) begin
    ap_condition_273 = ((tmp_nbreadreq_fu_162_p5 == 1'd1) & (cics_computeCs == 1'd0) & (tmp_last_V_17_fu_348_p1 == 1'd0) & (cics_writeLastOne == 1'd0));
end

always @ (*) begin
    ap_condition_386 = ((1'b0 == ap_block_pp0_stage0_01001) & (ap_enable_reg_pp0_iter1 == 1'b1) & (1'b1 == ap_CS_fsm_pp0_stage0));
end

assign ap_enable_pp0 = (ap_idle_pp0 ^ 1'b1);

assign ap_enable_reg_pp0_iter0 = ap_start;

assign ap_phi_reg_pp0_iter0_cics_wordCount_V_new_reg_220 = 'bx;

assign ap_phi_reg_pp0_iter0_empty_52_reg_207 = 'bx;

always @ (*) begin
    ap_predicate_op19_read_state1 = ((tmp_nbreadreq_fu_162_p5 == 1'd1) & (cics_computeCs == 1'd0) & (cics_writeLastOne == 1'd0));
end

always @ (*) begin
    ap_predicate_op214_write_state2 = ((t_V_1_reg_1439 == 16'd2) & (tmp_reg_1412 == 1'd1) & (cics_computeCs_load_reg_1408 == 1'd0) & (cics_writeLastOne_lo_reg_1396 == 1'd0));
end

always @ (*) begin
    ap_predicate_op216_write_state2 = ((t_V_1_reg_1439 == 16'd1) & (tmp_reg_1412 == 1'd1) & (cics_computeCs_load_reg_1408 == 1'd0) & (cics_writeLastOne_lo_reg_1396 == 1'd0));
end

always @ (*) begin
    ap_predicate_op226_write_state2 = (~(t_V_1_reg_1439 == 16'd0) & ~(t_V_1_reg_1439 == 16'd1) & ~(t_V_1_reg_1439 == 16'd2) & (tmp_reg_1412 == 1'd1) & (cics_computeCs_load_reg_1408 == 1'd0) & (cics_writeLastOne_lo_reg_1396 == 1'd0));
end

always @ (*) begin
    ap_predicate_op235_write_state2 = ((t_V_reg_1481 == 2'd3) & (cics_computeCs_load_reg_1408 == 1'd1) & (cics_writeLastOne_lo_reg_1396 == 1'd0) & (1'd0 == and_ln91_1_reg_1485));
end

always @ (*) begin
    ap_predicate_op237_write_state2 = ((t_V_reg_1481 == 2'd3) & (cics_computeCs_load_reg_1408 == 1'd1) & (1'd1 == and_ln91_1_reg_1485) & (cics_writeLastOne_lo_reg_1396 == 1'd0));
end

always @ (*) begin
    ap_predicate_op239_write_state2 = ((t_V_reg_1481 == 2'd3) & (cics_computeCs_load_reg_1408 == 1'd1) & (1'd1 == and_ln91_1_reg_1485) & (cics_writeLastOne_lo_reg_1396 == 1'd0));
end

assign checksumStreams_V_V_s_din = icmpChecksum_V[15:0];

assign cics_computeCs_load_load_fu_295_p1 = cics_computeCs;

assign cics_writeLastOne_lo_load_fu_287_p1 = cics_writeLastOne;

assign grp_fu_231_p4 = {{s_axis_TDATA[39:32]}};

assign grp_fu_240_p4 = {{s_axis_TDATA[47:40]}};

assign grp_fu_249_p4 = {{s_axis_TDATA[63:56]}};

assign grp_fu_258_p4 = {{s_axis_TDATA[55:48]}};

assign grp_fu_267_p4 = {{s_axis_TDATA[23:16]}};

assign grp_fu_276_p2 = (icmpChecksum_V ^ 17'd131071);

assign icmp_ln879_1_fu_1064_p2 = ((icmpType_V == 8'd8) ? 1'b1 : 1'b0);

assign icmp_ln879_2_fu_1070_p2 = ((icmpCode_V == 8'd0) ? 1'b1 : 1'b0);

assign icmp_ln879_3_fu_526_p2 = ((trunc_ln647_5_fu_522_p1 == 2'd3) ? 1'b1 : 1'b0);

assign icmp_ln879_4_fu_672_p2 = ((p_Result_127_1_i_fu_662_p4 == 2'd3) ? 1'b1 : 1'b0);

assign icmp_ln879_5_fu_802_p2 = ((p_Result_127_2_i_fu_792_p4 == 2'd3) ? 1'b1 : 1'b0);

assign icmp_ln879_6_fu_922_p2 = ((p_Result_127_3_i_fu_912_p4 == 2'd3) ? 1'b1 : 1'b0);

assign icmp_ln879_fu_1058_p2 = ((trunc_ln647_fu_1054_p1 == 16'd0) ? 1'b1 : 1'b0);

assign p_Result_10_fu_486_p5 = {{s_axis_TDATA[63:40]}, {tmp_23_i_fu_478_p3}};

assign p_Result_123_1_i_fu_420_p3 = {{grp_fu_258_p4}, {grp_fu_249_p4}};

assign p_Result_123_i_fu_372_p3 = {{grp_fu_231_p4}, {grp_fu_240_p4}};

assign p_Result_127_1_i_fu_662_p4 = {{s_axis_TKEEP[3:2]}};

assign p_Result_127_2_i_fu_792_p4 = {{s_axis_TKEEP[5:4]}};

assign p_Result_127_3_i_fu_912_p4 = {{s_axis_TKEEP[7:6]}};

assign p_Result_128_1_i_fu_734_p4 = {{s_axis_TDATA[31:24]}};

assign p_Result_128_i_fu_592_p4 = {{s_axis_TDATA[15:8]}};

assign p_Result_131_1_i_fu_744_p3 = {{grp_fu_267_p4}, {p_Result_128_1_i_fu_734_p4}};

assign p_Result_131_2_i_fu_864_p3 = {{grp_fu_231_p4}, {grp_fu_240_p4}};

assign p_Result_131_3_i_fu_984_p3 = {{grp_fu_258_p4}, {grp_fu_249_p4}};

assign p_Result_131_i_fu_606_p3 = {{trunc_ln647_8_fu_602_p1}, {p_Result_128_i_fu_592_p4}};

assign p_Result_134_1_i_fu_686_p3 = {{grp_fu_267_p4}, {8'd0}};

assign p_Result_134_2_i_fu_816_p3 = {{grp_fu_231_p4}, {8'd0}};

assign p_Result_134_3_i_fu_936_p3 = {{grp_fu_258_p4}, {8'd0}};

assign p_Result_134_i_fu_536_p3 = {{trunc_ln647_9_fu_532_p1}, {8'd0}};

assign p_Result_27_i_fu_1267_p4 = {{tmp_data_V_26_reg_1416[63:48]}};

assign p_Result_29_i_fu_468_p4 = {{ap_sig_allocacmp_tmp_data_V[63:32]}};

assign p_Result_s_fu_1276_p3 = {{1'd1}, {p_Result_27_i_fu_1267_p4}};

assign r_V_3_fu_1094_p2 = (cics_sums_V_0 ^ 17'd131071);

assign sub_ln214_fu_1370_p2 = (trunc_ln214_fu_1362_p1 - zext_ln214_20_fu_1366_p1);

assign t_V_1_load_fu_356_p1 = ap_sig_allocacmp_t_V_1;

assign t_V_load_fu_1050_p1 = cics_state_V;

assign tmp12_fu_1386_p4 = {{{cics_prevWord_last_V}, {cics_prevWord_keep_V}}, {tmp_data_V_reg_1400}};

assign tmp_1_fu_1301_p4 = {{{cics_prevWord_last_V}, {cics_prevWord_keep_V}}, {tmp_data_V_reg_1400}};

assign tmp_23_i_fu_478_p3 = {{8'd0}, {p_Result_29_i_fu_468_p4}};

assign tmp_24_fu_1160_p3 = add_ln700_fu_1154_p2[32'd16];

assign tmp_25_fu_1200_p3 = add_ln700_1_fu_1194_p2[32'd16];

assign tmp_26_fu_1116_p3 = add_ln700_2_fu_1110_p2[32'd16];

assign tmp_27_fu_1354_p3 = add_ln701_fu_1348_p2[32'd16];

assign tmp_28_fu_390_p3 = add_ln700_3_fu_384_p2[32'd16];

assign tmp_29_fu_438_p3 = add_ln700_4_fu_432_p2[32'd16];

assign tmp_2_fu_1290_p4 = {{{{9'd255}, {trunc_ln647_7_fu_1264_p1}}}, {trunc_ln647_6_fu_1261_p1}};

assign tmp_30_fu_628_p3 = add_ln700_5_fu_622_p2[32'd16];

assign tmp_31_fu_558_p3 = add_ln700_7_fu_552_p2[32'd16];

assign tmp_32_fu_762_p3 = add_ln700_8_fu_756_p2[32'd16];

assign tmp_33_fu_678_p3 = s_axis_TKEEP[32'd2];

assign tmp_34_fu_704_p3 = add_ln700_9_fu_698_p2[32'd16];

assign tmp_35_fu_882_p3 = add_ln700_10_fu_876_p2[32'd16];

assign tmp_36_fu_808_p3 = s_axis_TKEEP[32'd4];

assign tmp_37_fu_834_p3 = add_ln700_11_fu_828_p2[32'd16];

assign tmp_38_fu_1002_p3 = add_ln700_12_fu_996_p2[32'd16];

assign tmp_39_fu_928_p3 = s_axis_TKEEP[32'd6];

assign tmp_3_fu_1311_p4 = {{{cics_prevWord_last_V}, {cics_prevWord_keep_V}}, {tmp_data_V_reg_1400}};

assign tmp_40_fu_954_p3 = add_ln700_13_fu_948_p2[32'd16];

assign tmp_last_V_17_fu_348_p1 = s_axis_TLAST;

assign tmp_nbreadreq_fu_162_p5 = s_axis_TVALID;

assign trunc_ln214_fu_1362_p1 = add_ln701_fu_1348_p2[15:0];

assign trunc_ln321_fu_352_p1 = s_axis_TKEEP[0:0];

assign trunc_ln647_5_fu_522_p1 = s_axis_TKEEP[1:0];

assign trunc_ln647_6_fu_1261_p1 = tmp_data_V_reg_1400[31:0];

assign trunc_ln647_7_fu_1264_p1 = tmp_data_V_26_reg_1416[31:0];

assign trunc_ln647_8_fu_602_p1 = s_axis_TDATA[7:0];

assign trunc_ln647_9_fu_532_p1 = s_axis_TDATA[7:0];

assign trunc_ln647_fu_1054_p1 = cics_sums_V_0[15:0];

assign trunc_ln700_1_fu_1106_p1 = cics_sums_V_0[15:0];

assign trunc_ln700_2_fu_618_p1 = cics_sums_V_0[15:0];

assign trunc_ln700_3_fu_548_p1 = cics_sums_V_0[15:0];

assign trunc_ln700_fu_1150_p1 = cics_sums_V_0[15:0];

assign zext_ln214_10_fu_398_p1 = tmp_28_fu_390_p3;

assign zext_ln214_11_fu_446_p1 = tmp_29_fu_438_p3;

assign zext_ln214_12_fu_636_p1 = tmp_30_fu_628_p3;

assign zext_ln214_13_fu_566_p1 = tmp_31_fu_558_p3;

assign zext_ln214_14_fu_770_p1 = tmp_32_fu_762_p3;

assign zext_ln214_15_fu_712_p1 = tmp_34_fu_704_p3;

assign zext_ln214_16_fu_890_p1 = tmp_35_fu_882_p3;

assign zext_ln214_17_fu_842_p1 = tmp_37_fu_834_p3;

assign zext_ln214_18_fu_1010_p1 = tmp_38_fu_1002_p3;

assign zext_ln214_19_fu_962_p1 = tmp_40_fu_954_p3;

assign zext_ln214_20_fu_1366_p1 = tmp_27_fu_1354_p3;

assign zext_ln214_3_fu_1140_p1 = add_ln214_7_fu_1134_p2;

assign zext_ln214_4_fu_1376_p1 = sub_ln214_fu_1370_p2;

assign zext_ln214_5_fu_652_p1 = add_ln214_13_fu_646_p2;

assign zext_ln214_6_fu_582_p1 = add_ln214_15_fu_576_p2;

assign zext_ln214_7_fu_1168_p1 = tmp_24_fu_1160_p3;

assign zext_ln214_8_fu_1208_p1 = tmp_25_fu_1200_p3;

assign zext_ln214_9_fu_1124_p1 = tmp_26_fu_1116_p3;

assign zext_ln214_fu_1184_p1 = add_ln214_3_fu_1178_p2;

assign zext_ln700_10_fu_824_p1 = p_Result_134_2_i_fu_816_p3;

assign zext_ln700_11_fu_992_p1 = p_Result_131_3_i_fu_984_p3;

assign zext_ln700_12_fu_944_p1 = p_Result_134_3_i_fu_936_p3;

assign zext_ln700_1_fu_315_p1 = cics_sums_V_3;

assign zext_ln700_2_fu_323_p1 = cics_sums_V_1;

assign zext_ln700_3_fu_380_p1 = p_Result_123_i_fu_372_p3;

assign zext_ln700_4_fu_428_p1 = p_Result_123_1_i_fu_420_p3;

assign zext_ln700_5_fu_614_p1 = p_Result_131_i_fu_606_p3;

assign zext_ln700_6_fu_544_p1 = p_Result_134_i_fu_536_p3;

assign zext_ln700_7_fu_752_p1 = p_Result_131_1_i_fu_744_p3;

assign zext_ln700_8_fu_694_p1 = p_Result_134_1_i_fu_686_p3;

assign zext_ln700_9_fu_872_p1 = p_Result_131_2_i_fu_864_p3;

assign zext_ln700_fu_303_p1 = cics_sums_V_2;

endmodule